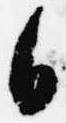
日